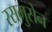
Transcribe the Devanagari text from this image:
रसमुसेन